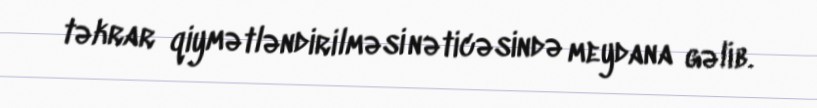
təkrar qiymətləndirilməsi nəticəsində meydana gəlib.